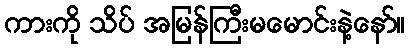
ကားကို သိပ် အမြန်ကြီးမမောင်းနဲ့နော်။